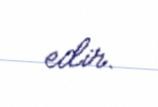
edir.